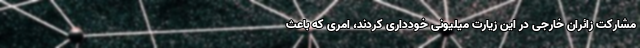
مشارکت زائران خارجی در این زیارت میلیونی خودداری کردند، امری که باعث